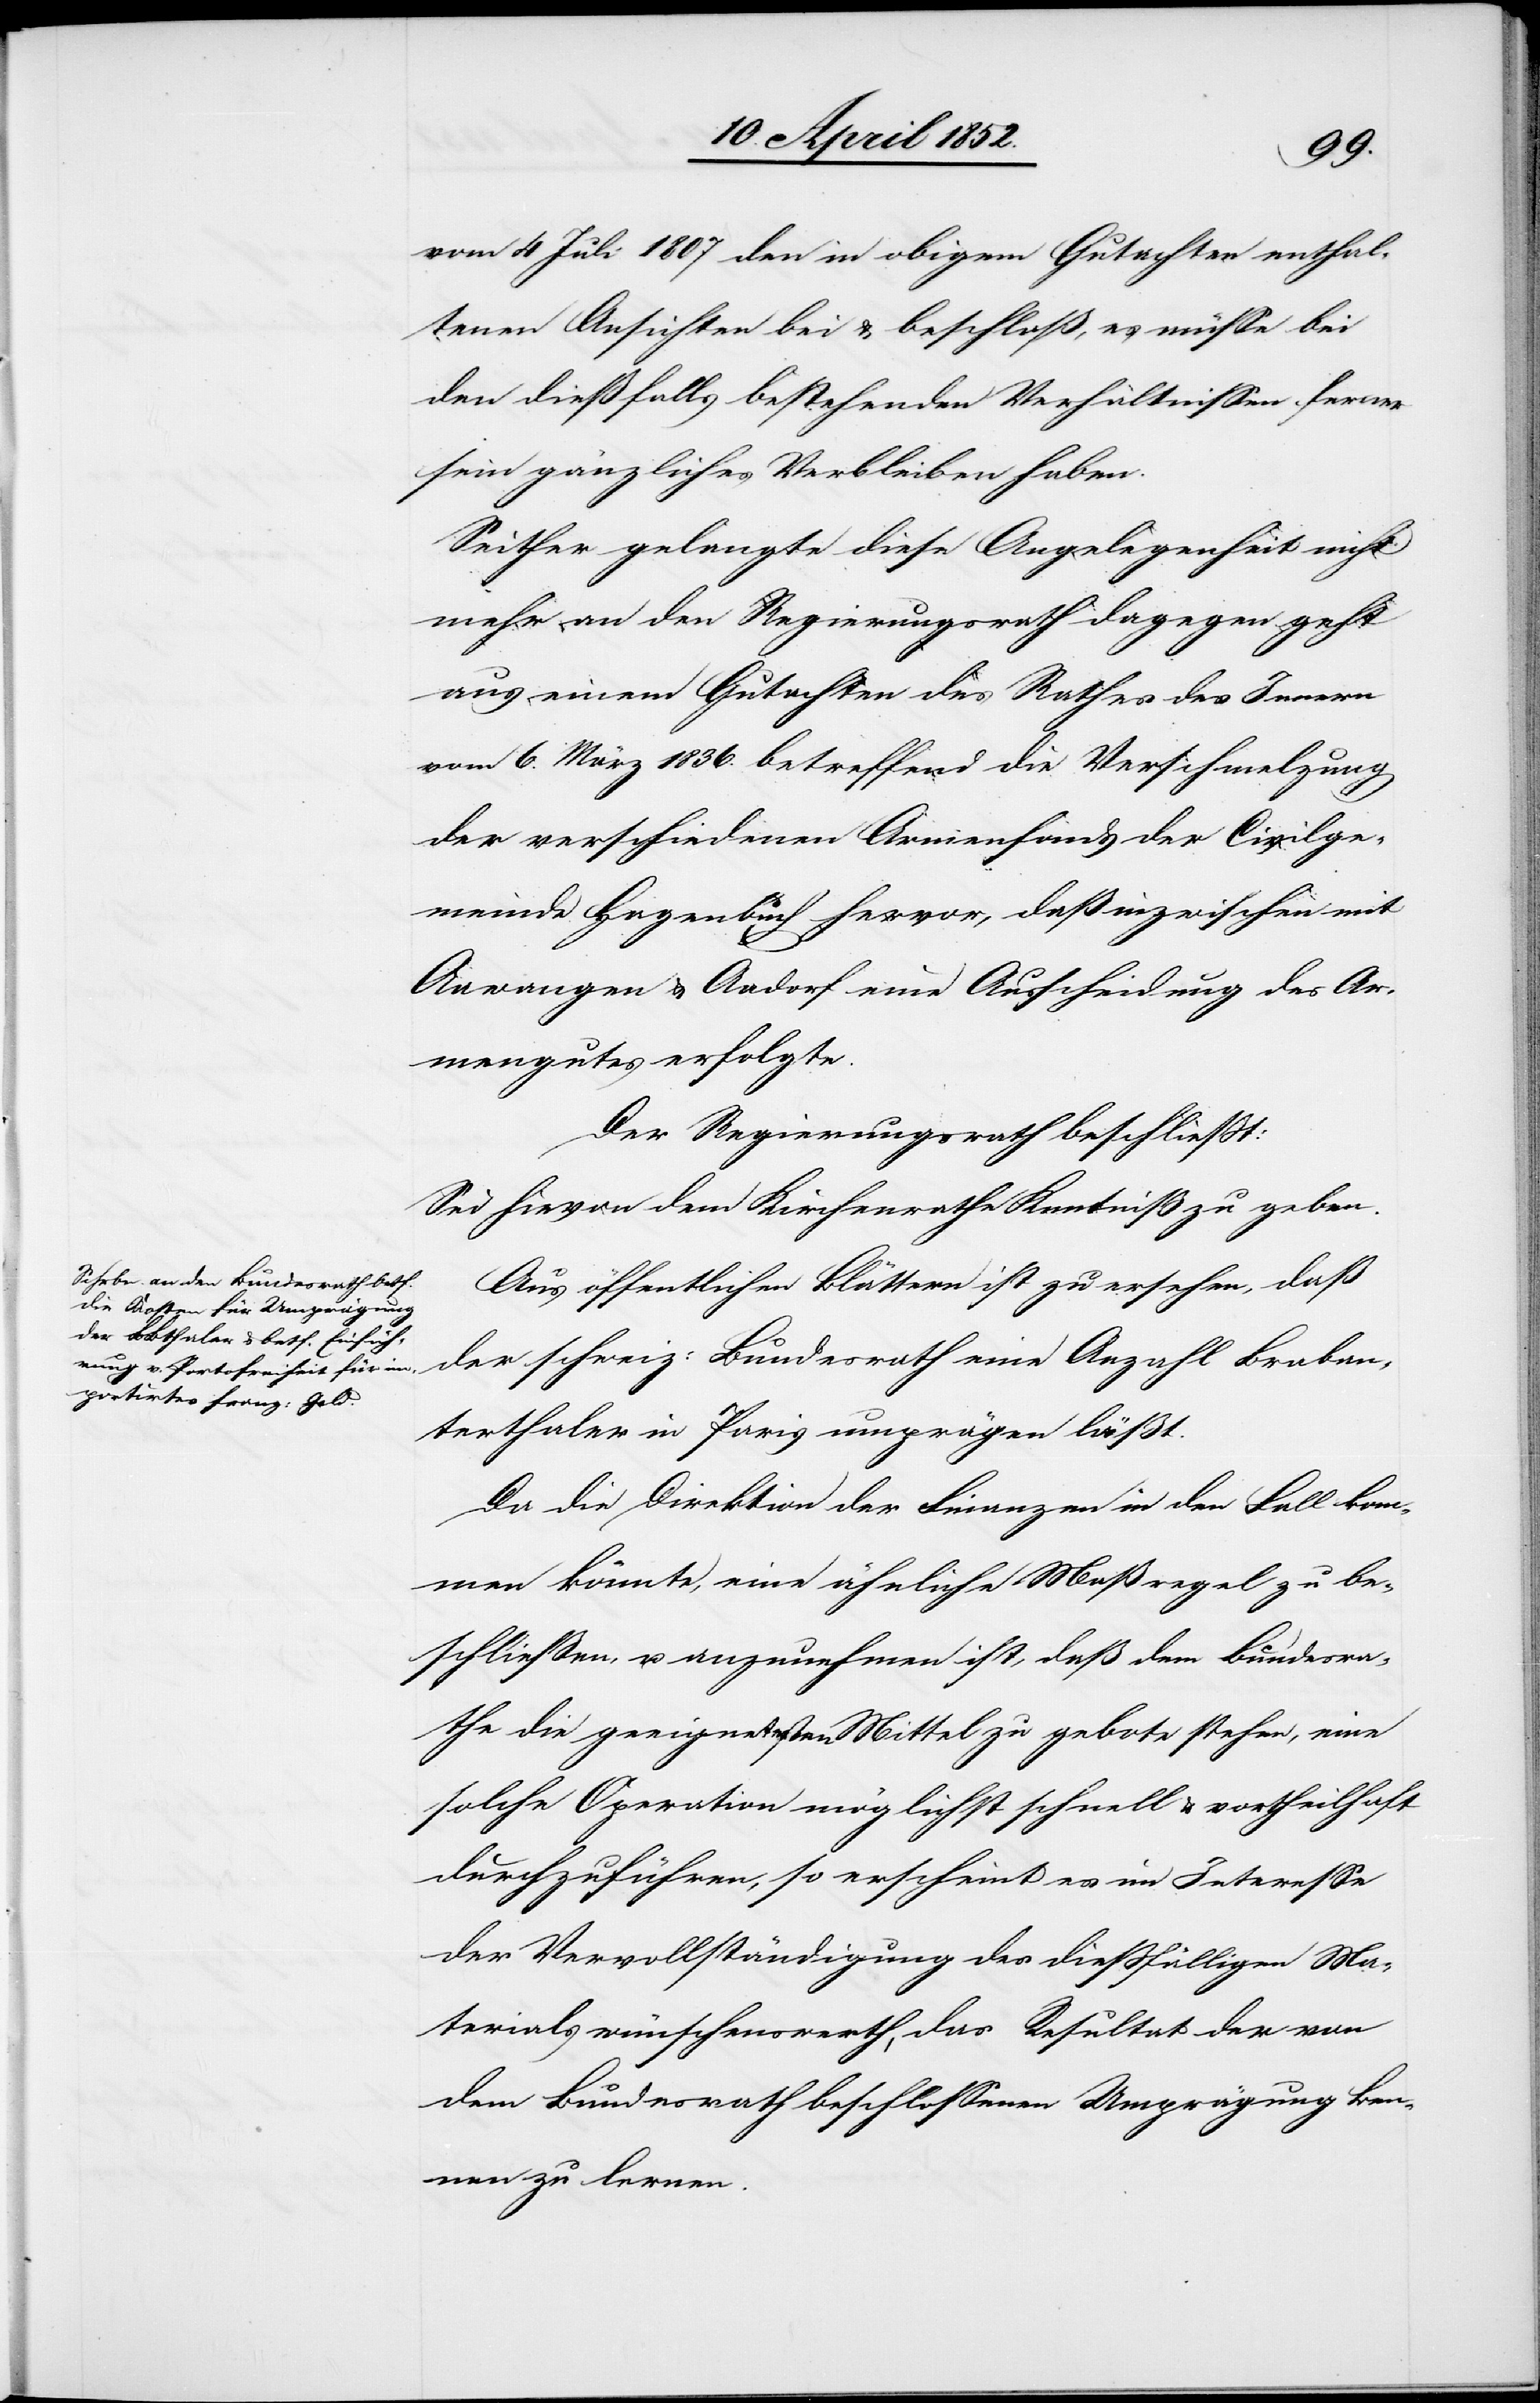
vom 4 Juli 1807 den in obigem Gutachten enthal¬
tenen Ansichten bei & beschloß, es müsse bei
den dießfalls bestehenden Verhältnissen ferner
sein gänzliches Verbleiben haben.
Seither gelangte diese Angelegenheit nicht
mehr an den Regierungsrath dagegen geht
aus einem Gutachten des Rathes des Innern
vom 6. März 1836. betreffend die Verschmelzung
der verschiedenen Armenfonds der Civilge¬
meinde Hagenbuch hervor, daß inzwischen mit
Aawangen & Aadorf eine Ausscheidung des Ar¬
mengutes erfolgte.
Der Regierungsrath beschliesst:
Sei hievon dem Kirchenrathe Kenntniß zu geben.
Aus öffentlichen Blättern ist zu ersehen, daß
der schweiz: Bundesrath eine Anzahl Braban¬
terthaler in Paris umprägen läßt.
Da die Direktion der Finanzen in den Fall kom¬
men könnte, eine ähnliche Maßregel zu be¬
schliessen, u. anzunehmen ist, daß dem Bundesra¬
the die geeignetesten Mittel zu gebote stehen, eine
solche Operation möglichst schnell & vortheilhaft
durchzuführen, so erscheint es im Interesse
der Vervollständigung des diessfälligen Ma¬
terials wünschenswerth, das Resultat der von
dem Bundesrath beschlossenen Umprägung ken¬
nen zu lernen.